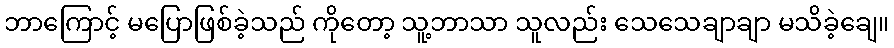
ဘာကြောင့် မပြောဖြစ်ခဲ့သည် ကိုတော့ သူ့ဘာသာ သူလည်း သေသေချာချာ မသိခဲ့ချေ။